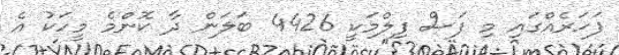
ފަހަރެއްގައި މި ފަސް ފިލްމަކީ 4426 ބަލަން ދާ ކޮންމެ މީހަކު އެ